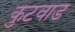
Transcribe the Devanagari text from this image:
कुटवाड